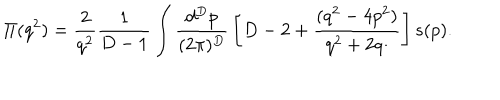
\Pi ( q ^ { 2 } ) = { \frac { 2 } { q ^ { 2 } } } { \frac { 1 } { D - 1 } } \int { \frac { d ^ { D } p } { ( 2 \pi ) ^ { D } } } \left[ D - 2 + { \frac { ( q ^ { 2 } - 4 p ^ { 2 } ) } { q ^ { 2 } + 2 q \cdotp } } \right] s ( p ) .